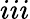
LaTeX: iii